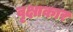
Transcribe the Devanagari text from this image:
वृक्षाकार